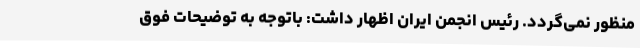
منظور نمی‌گردد. رئیس انجمن ایران اظهار داشت: باتوجه به توضیحات فوق